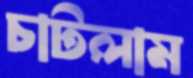
চাটলাম